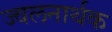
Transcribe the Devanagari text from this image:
ज्वलनार्थक